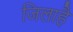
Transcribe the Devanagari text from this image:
जिलाहै